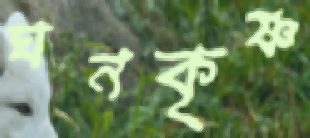
ঘনকৃষ্ণ